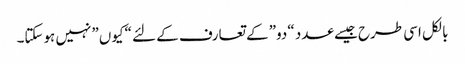
بالکل اسی طرح جیسے عدد “دو” کے تعارف کے لئے “کیوں” نہیں ہوسکتا۔